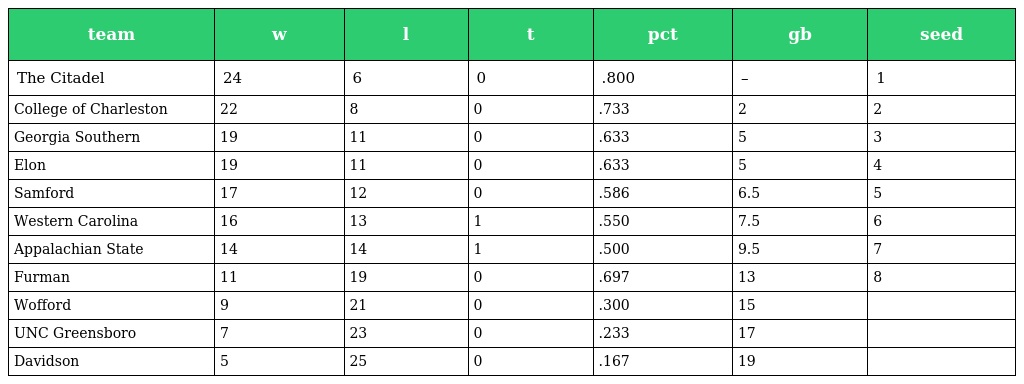
| team | w | l | t | pct | gb | seed |
 | --- | --- | --- | --- | --- | --- | --- |
 | The Citadel | 24 | 6 | 0 | .800 | – | 1 |
 | College of Charleston | 22 | 8 | 0 | .733 | 2 | 2 |
 | Georgia Southern | 19 | 11 | 0 | .633 | 5 | 3 |
 | Elon | 19 | 11 | 0 | .633 | 5 | 4 |
 | Samford | 17 | 12 | 0 | .586 | 6.5 | 5 |
 | Western Carolina | 16 | 13 | 1 | .550 | 7.5 | 6 |
 | Appalachian State | 14 | 14 | 1 | .500 | 9.5 | 7 |
 | Furman | 11 | 19 | 0 | .697 | 13 | 8 |
 | Wofford | 9 | 21 | 0 | .300 | 15 |  |
 | UNC Greensboro | 7 | 23 | 0 | .233 | 17 |  |
 | Davidson | 5 | 25 | 0 | .167 | 19 |  |